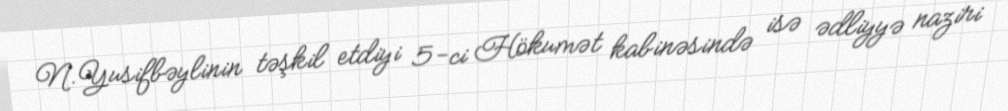
N.Yusifbəylinin təşkil etdiyi 5-ci Hökumət kabinəsində isə ədliyyə naziri